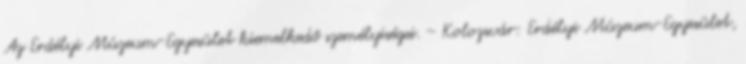
Az Erdélyi Múzeum-Egyesület kiemelkedő személyiségei. – Kolozsvár: Erdélyi Múzeum-Egyesület,